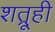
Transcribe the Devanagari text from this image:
शत्रूही